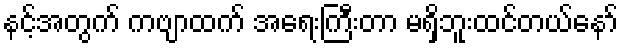
နင့်အတွက် ကဗျာထက် အရေးကြီးတာ မရှိဘူးထင်တယ်နော်